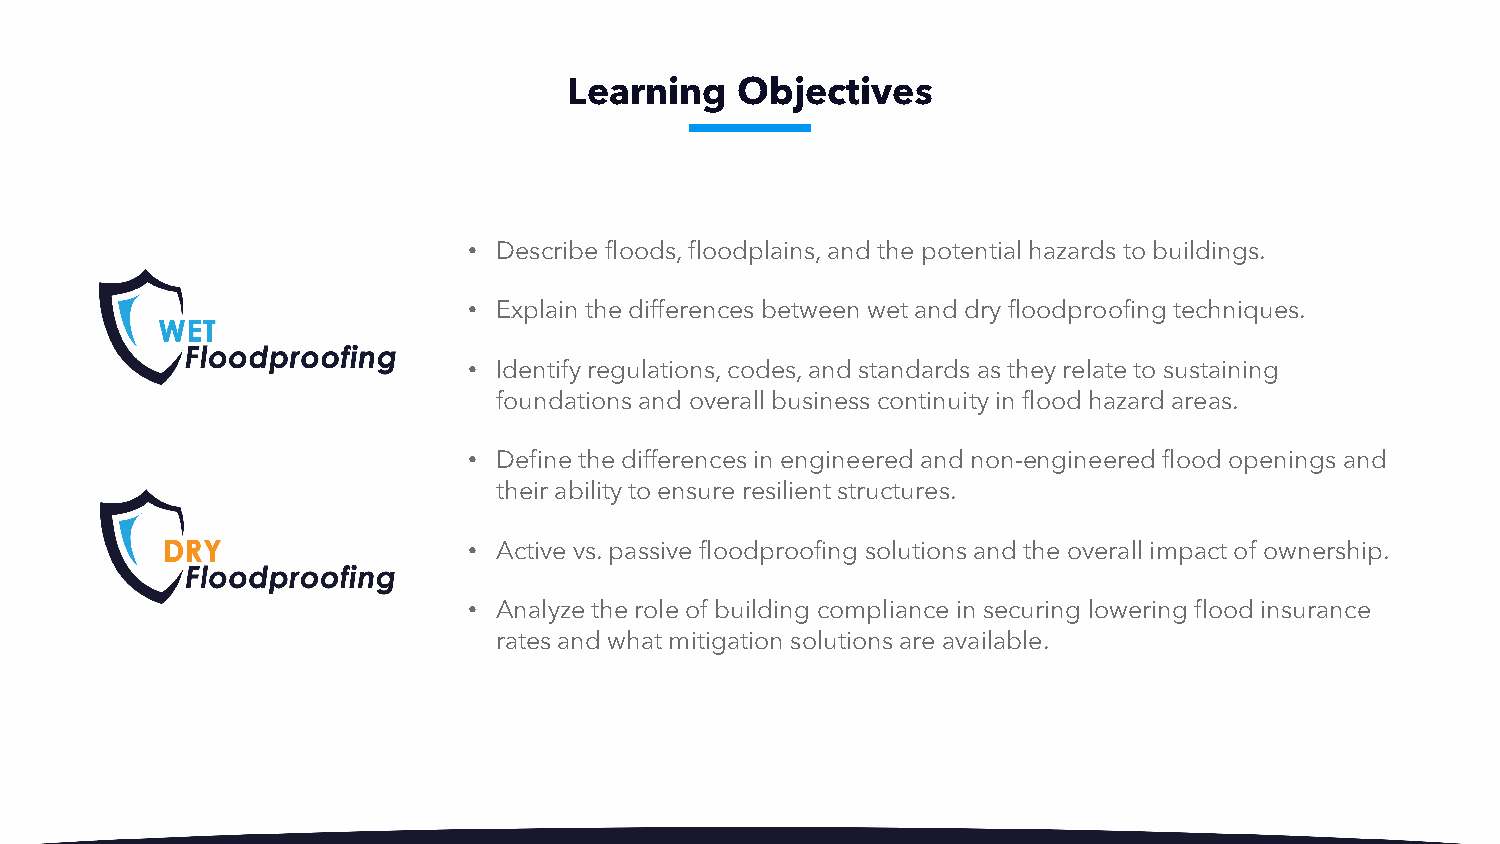
Learning   Objectives
 • Describe floods, floodplains, and the potential hazards to buildings.
 • Explain the differences between wet and dry floodproofing techniques.
 • Identify regulations, codes, and standards as they relate to sustaining
 foundations and overall business continuity in flood hazard areas.
 • Define the differences in engineered and non-engineered flood openings and
 their ability to ensure resilient structures.
 • Active vs. passive floodproofing solutions and the overall impact of ownership.
 • Analyze the role of building compliance in securing lowering flood insurance
 rates and what mitigation solutions are available.